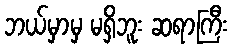
ဘယ်မှာမှ မရှိဘူး ဆရာကြီး